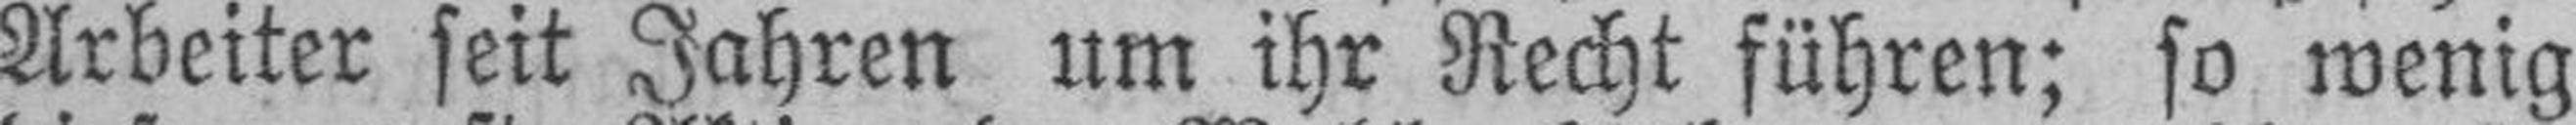
Arbeiter seit Jahren um ihr Recht führen; so wenig